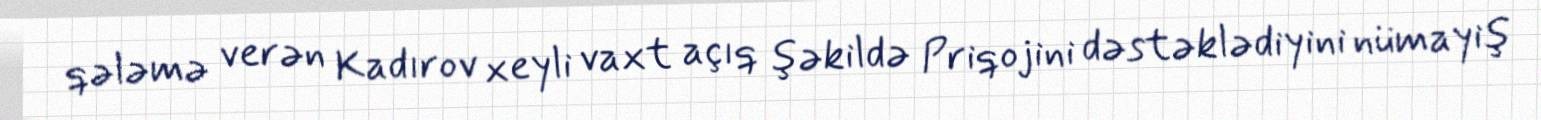
qələmə verən Kadırov xeyli vaxt açıq şəkildə Priqojini dəstəklədiyini nümayiş